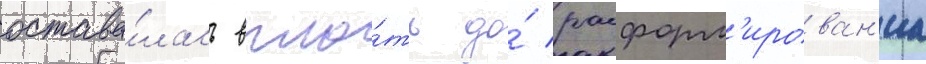
остава́лась впло́ть до́ расформ'ирован'иа